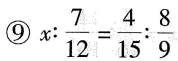
⑨ $$x : \frac { 7 } { 1 2 } = \frac { 4 } { 1 5 } : \frac { 8 } { 9 }$$